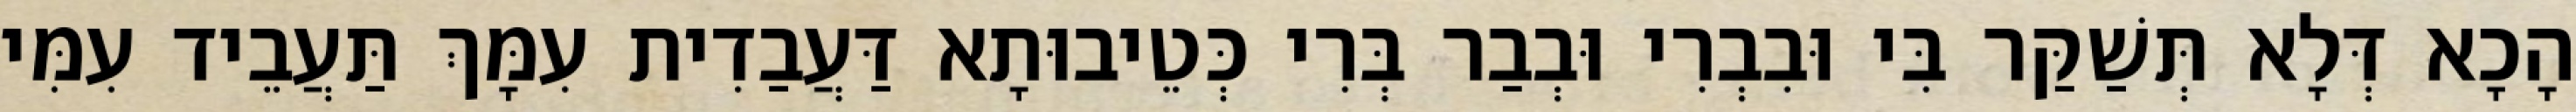
הָכָא דְּלָא תְּשַׁקַּר בִּי וּבִבְרִי וּבְבַר בְּרִי כְּטֵיבוּתָא דַּעֲבַדִית עִמָּךְ תַּעֲבֵיד עִמִּי